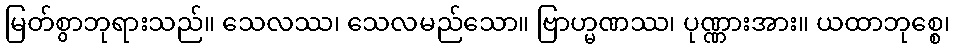
မြတ်စွာဘုရားသည်။ သေလဿ၊ သေလမည်သော။ ဗြာဟ္မဏဿ၊ ပုဏ္ဏားအား။ ယထာဘုစ္စေ၊